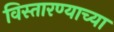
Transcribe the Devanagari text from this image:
विस्तारण्याच्या